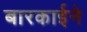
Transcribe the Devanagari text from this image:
बारकार्इने